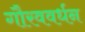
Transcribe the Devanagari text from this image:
गौरववर्धन